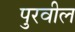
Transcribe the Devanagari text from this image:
पुरवील